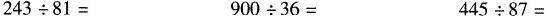
$$2 4 3 \div 8 1 =$$ $$9 0 0 \div 3 6 =$$